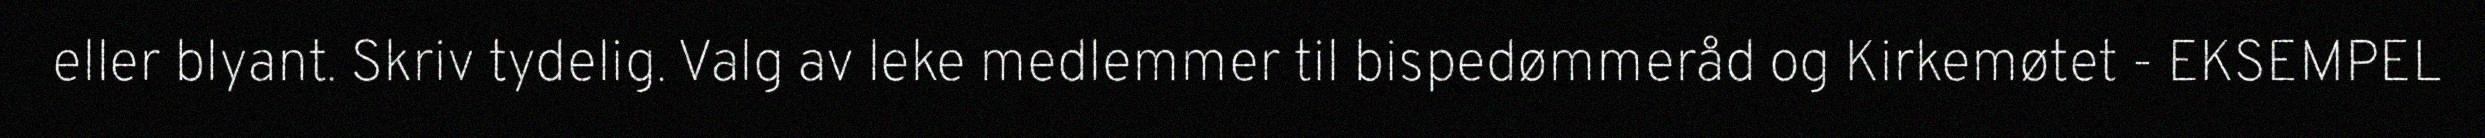
eller blyant. Skriv tydelig. Valg av leke medlemmer til bispedømmeråd og Kirkemøtet - EKSEMPEL